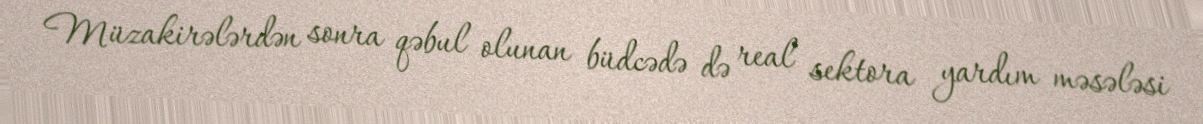
Müzakirələrdən sonra qəbul olunan büdcədə də real sektora yardım məsələsi